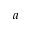
a